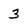
Character: 3